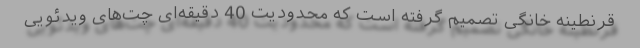
قرنطینه خانگی تصمیم گرفته است که محدودیت 40 دقیقه‌ای چت‌های ویدئویی